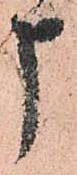
申